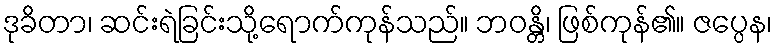
ဒုခိတာ၊ ဆင်းရဲခြင်းသို့ရောက်ကုန်သည်။ ဘဝန္တိ၊ ဖြစ်ကုန်၏။ ဇပ္ပေန၊